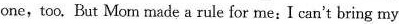
onetoo.But Mom made a rule for me:Ican'tbring my